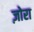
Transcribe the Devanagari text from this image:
ज़ोरा